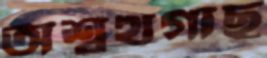
অশ্বত্থগাছ